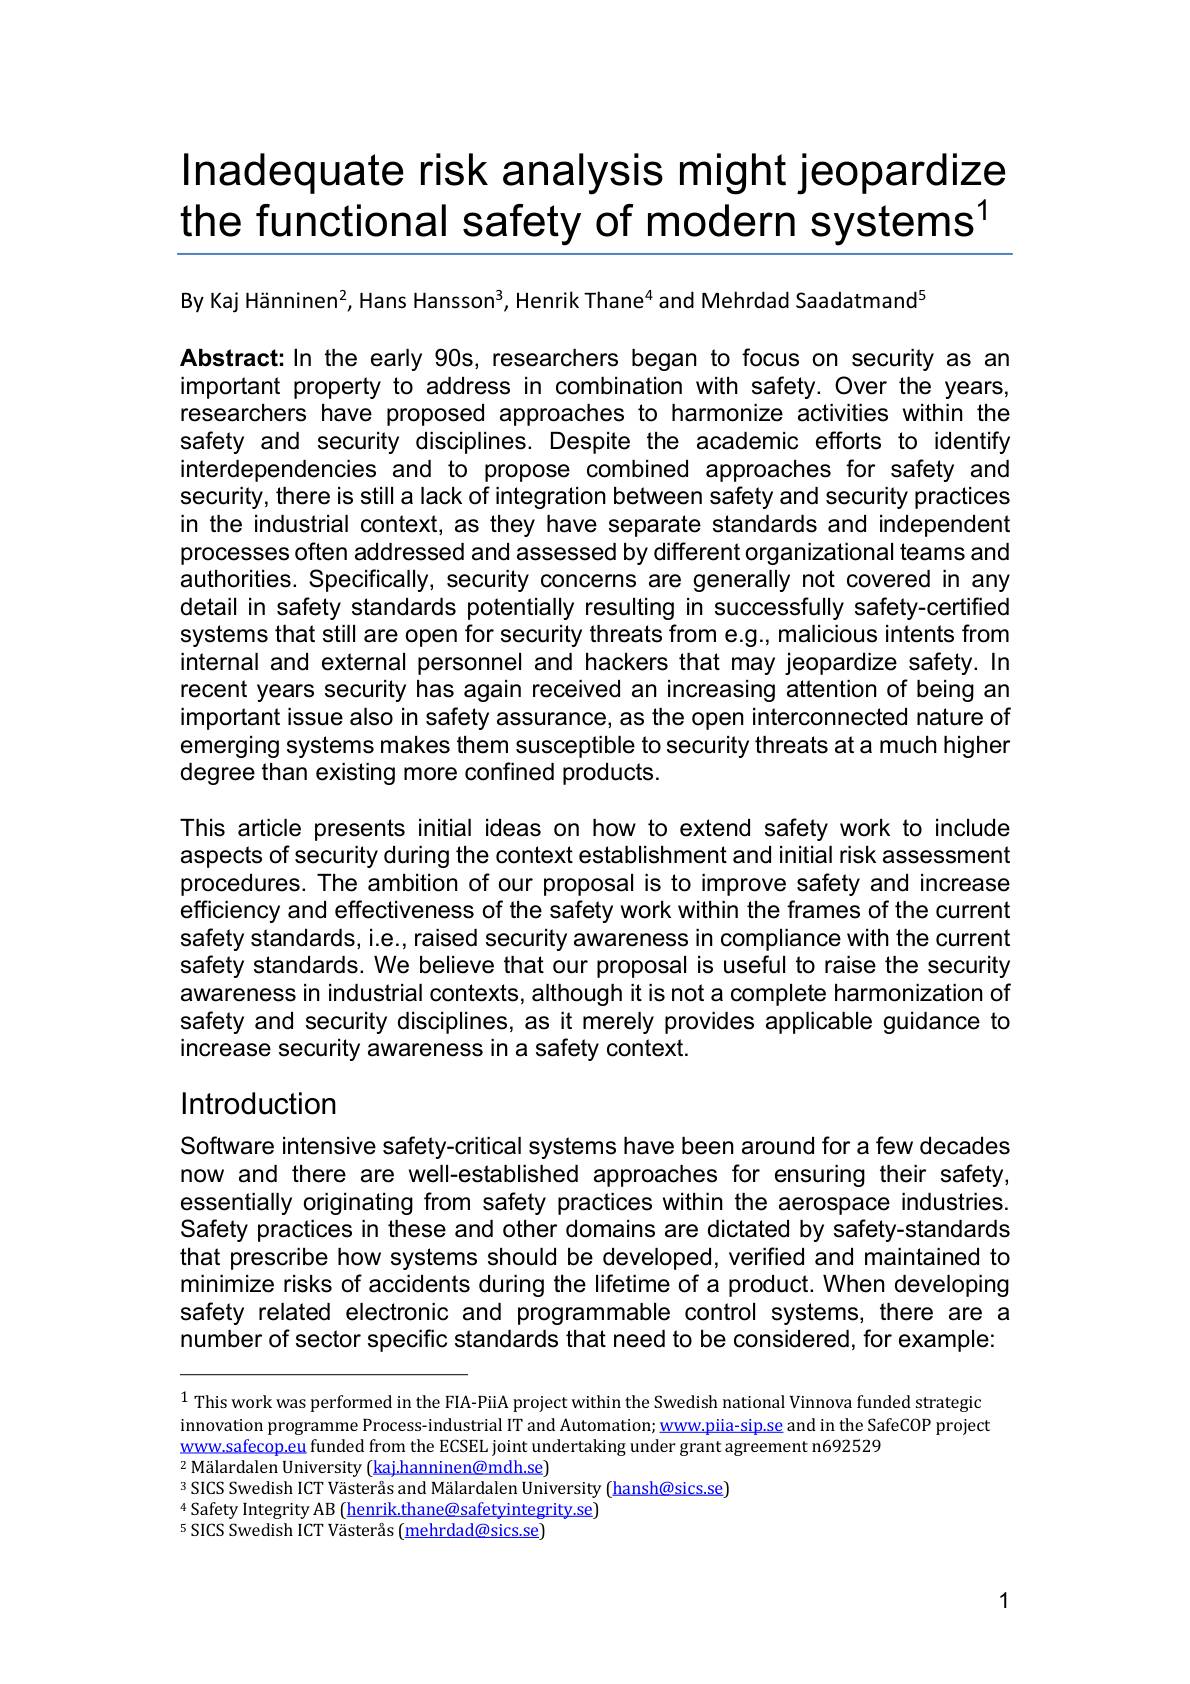
# Inadequate risk analysis might jeopardize the functional safety of modern systems$^1$

By Kaj Hänninen$^{2}$, Hans Hansson$^{3}$, Henrik Thane$^{4}$ and Mehrdad Saadatmand$^{5}$

Abstract:In the early 90s, researchers began to focus on security as an important property to address in combination with safety. Over the years, researchers have proposed approaches to harmonize activities within the safety and security disciplines. Despite the academic efforts to identify interdependencies and to propose combined approaches for safety and security, there is still a lack of integration between safety and security practices in the industrial context, as they have separate standards and independent processes often addressed and assessed by different organizational teams and authorities. Specifically, security concerns are generally not covered in any detail in safety standards potentially resulting in successfully safety-certified systems that still are open for security threats from e.g., malicious intents from internal and external personnel and hackers that may jeopardize safety. In recent years security has again received an increasing attention of being an important issue also in safety assurance, as the open interconnected nature of emerging systems makes them susceptible to security threats at a much higher degree than existing more confined products.

This article presents initial ideas on how to extend safety work to include aspects of security during the context establishment and initial risk assessment procedures. The ambition of our proposal is to improve safety and increase efficiency and effectiveness of the safety work within the frames of the current safety standards, i.e., raised security awareness in compliance with the current safety standards. We believe that our proposal is useful to raise the security awareness in industrial contexts, although it is not a complete harmonization of safety and security disciplines, as it merely provides applicable guidance to increase security awareness in a safety context.

## Introduction

Software intensive safety-critical systems have been around for a few decades now and there are well-established approaches for ensuring their safety, essentially originating from safety practices within the aerospace industries. Safety practices in these and other domains are dictated by safety-standards that prescribe how systems should be developed, verified and maintained to minimize risks of accidents during the lifetime of a product. When developing safety related electronic and programmable control systems, there are a number of sector specific standards that need to be considered, for example:

$^{1}$ This work was performed in the FIA-PiiA project within the Swedish national Vinnova funded strategic innovation programme Process-industrial IT and Automation; www,piia-sip.se and in the SafeCOP project www.safecop.eu funded from the ECSEL joint undertaking under grant agreement n692529
$^2\text{M\"{a} lardalen University( kaj. hanninen@ mdh. se) }$
SICS Swedish ICT Västerås and Mälardalen University (hansh@sics.se)
$^{4}$Safety Integrity AB (henrik.thane@safetyintegrity.se)
$^{5}$ SICS Swedish ICT Västerås (mehrdad@sics.se)

1